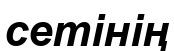
сетінің